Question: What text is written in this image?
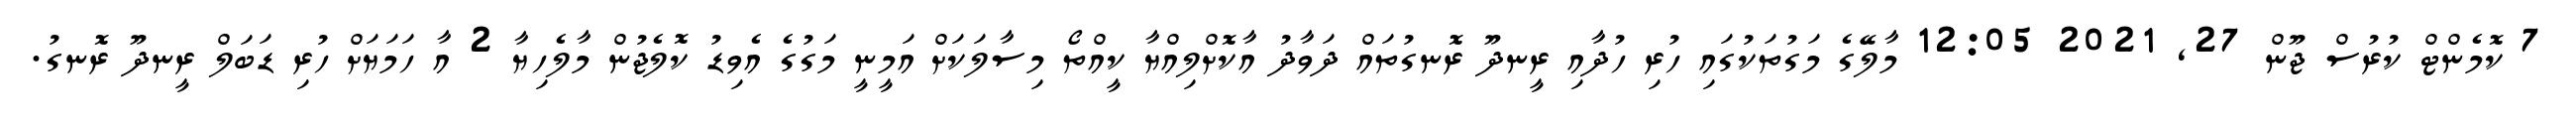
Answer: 7 ކޮމެންޓް ކުރުސް ޖޫން 27, 2021 12:05 މާލޭގެ މަގުތަކުގައި ހުރި ހުދާއި ރީނދޫ ރޮނގުތައް ދަވާދު އާކޮށްލިއްޔާ ކީއްތޯ މިސާލަކަށް އަމީނީ މަގުގެ އެވިޑު ކޮލެޖުން މާލެހިޔާ 2 އާ ހަމަޔަށް ހުރި ޑަބަލް ރީނދޫ ރޮނގު.